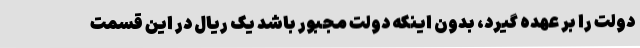
دولت را بر عهده گیرد، بدون اینکه دولت مجبور باشد یک ریال در این قسمت